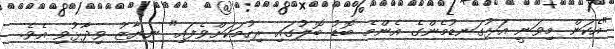
"އެކަން މިވަނީ އަޅުގަނޑުމެންގެ އެންމެ ބޮޑު ބޮލުގައި ރިހުމަކަށްވެފައި" ނިޔާޒު ވިދާޅުވި އެވެ.